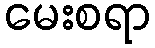
မေးစရာ